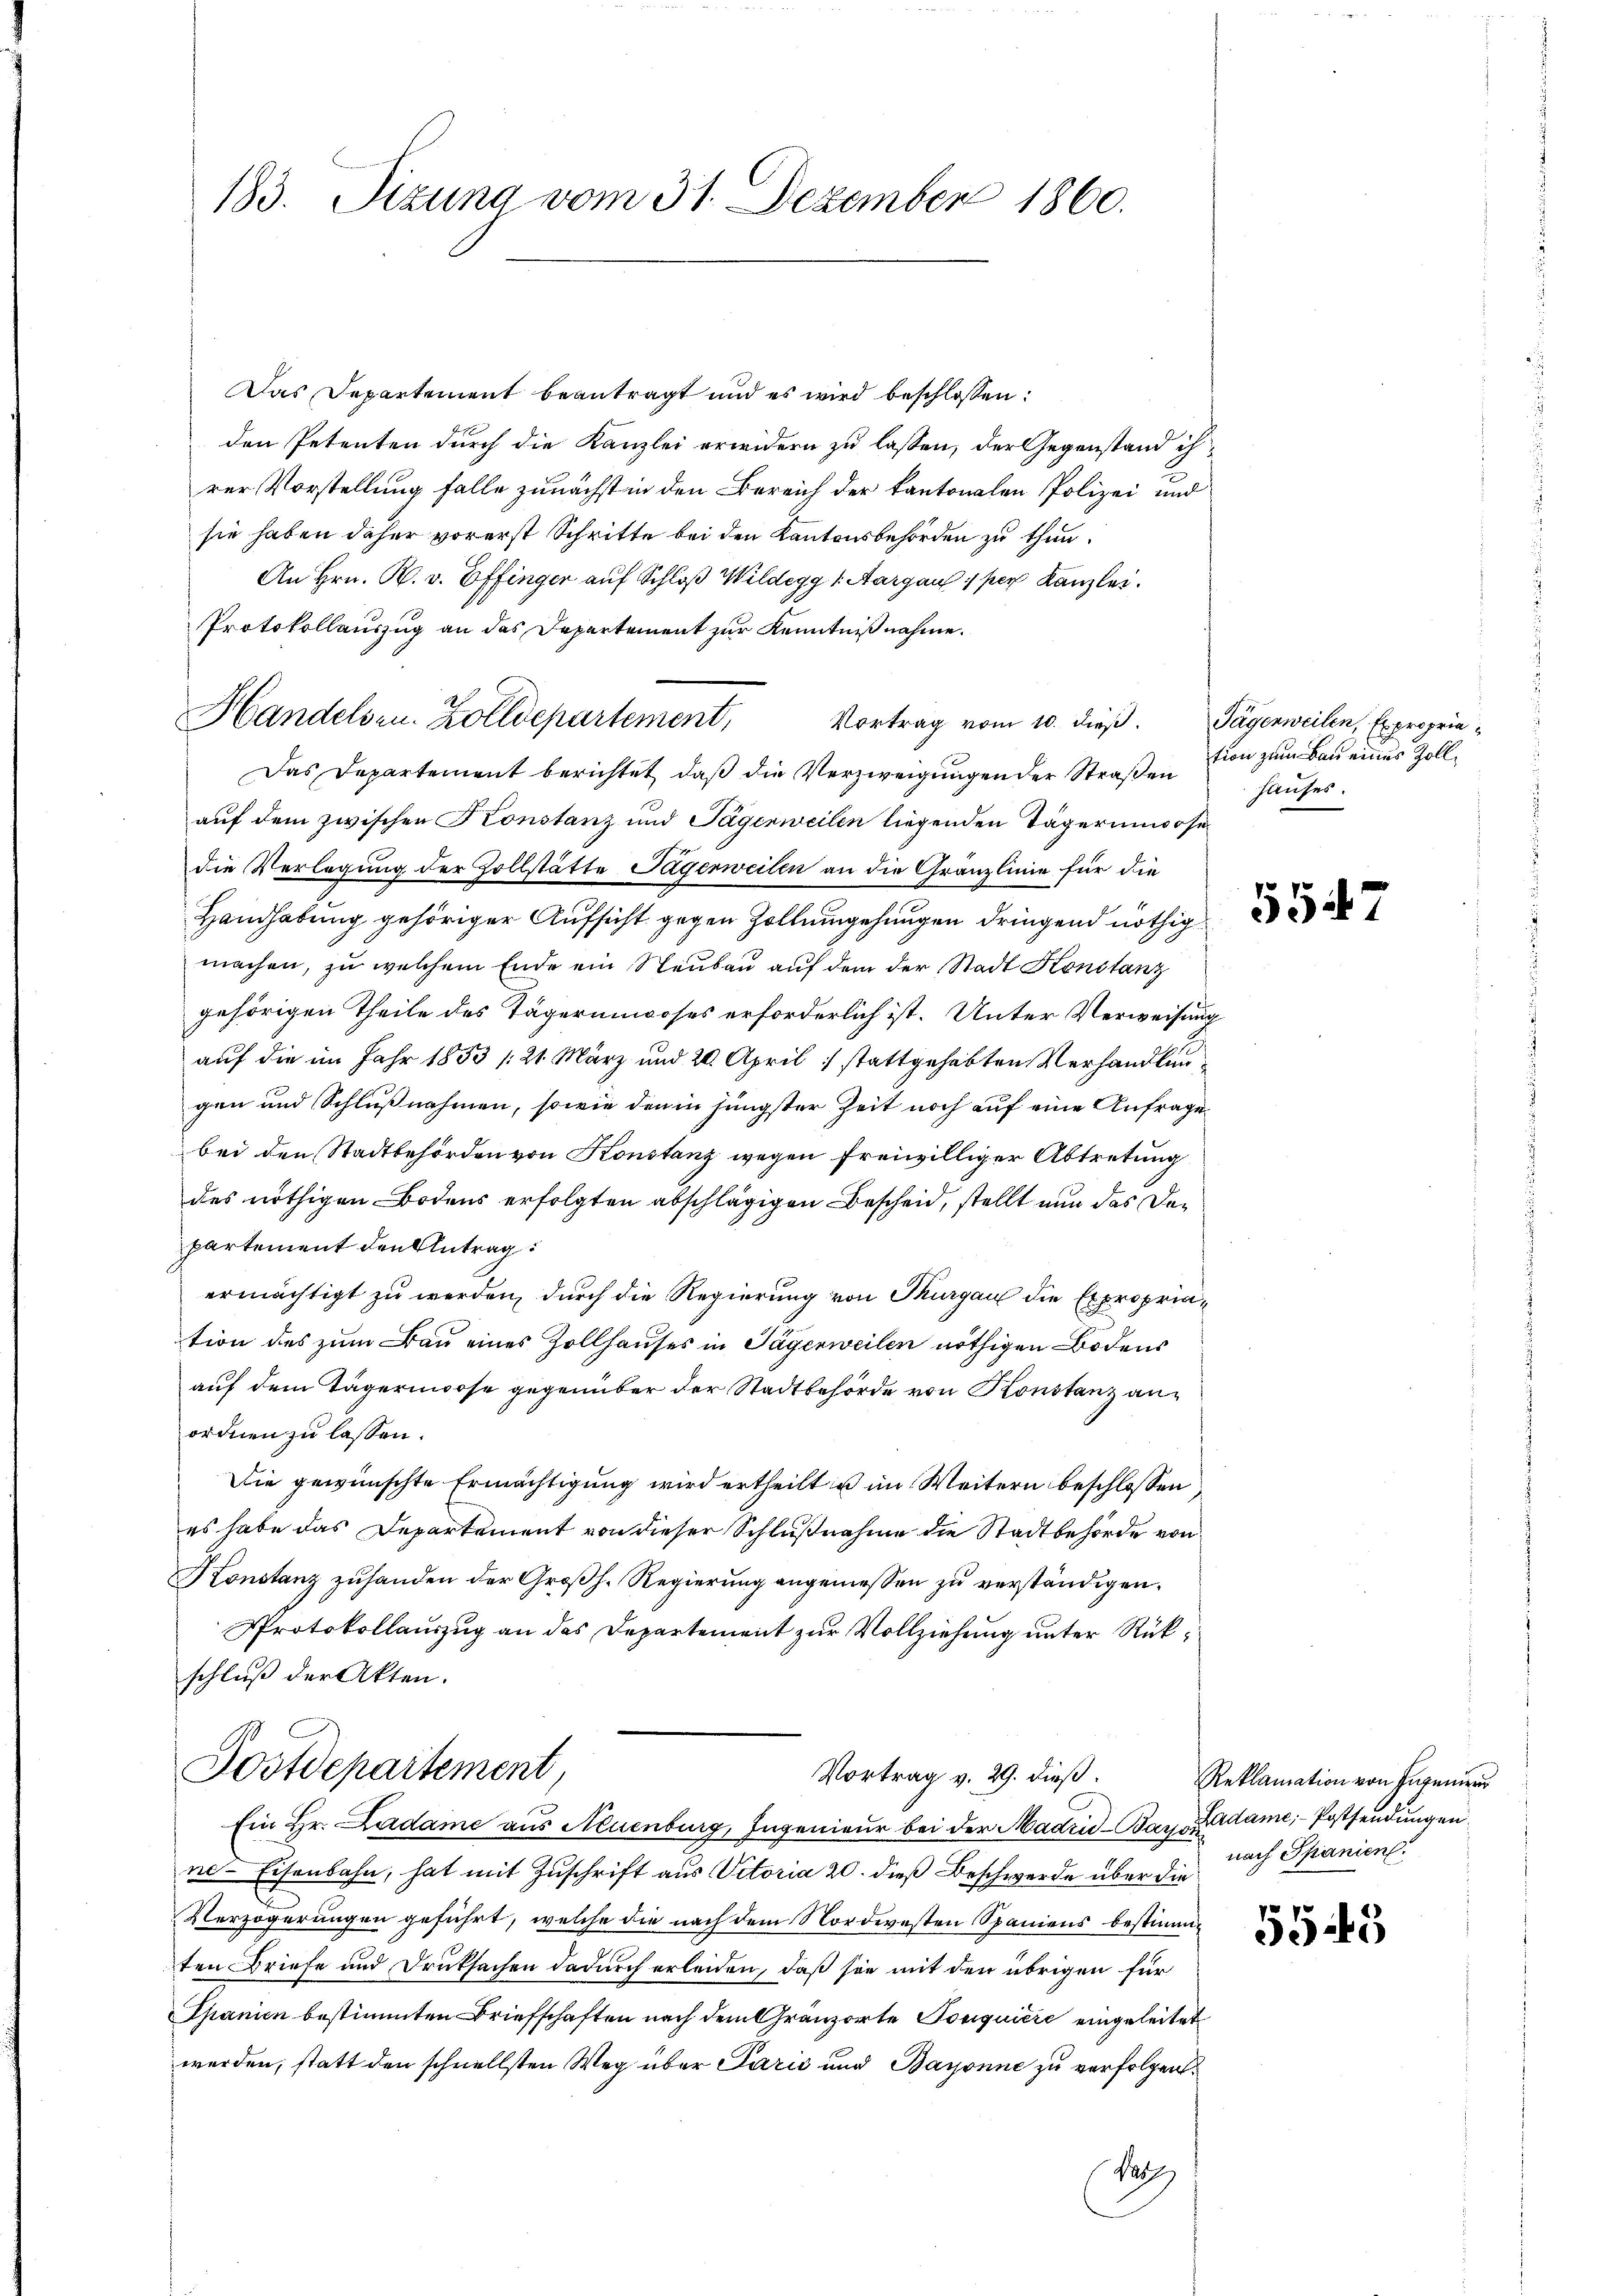
183. Sizung vom 31. Dezember 1860.

Das Departement beantragt und es wird beschlossen:
den Petenten durch die Kanzlei erwidern zu lassen, der Gegenstand ihrer Vorstellung falle zunächst in den Bereich der kantonalen Polizei und
sie haben daher vorerst Schritte bei den Kantonsbehörden zu thun.
An Hrn. R. v. Effinger auf Schloß Wildegg 1. Aargau 1 per Kanzlei.
Protokollauszug an das Departement zur Kenntniß nahme.
Handelsen. Zolldepartement, Vortrag vom 10. dieß. Tägerweilen, Expropria¬
Das Departement berichtet, daß die Verzweigungen der Straßen
auf dem zwischen Konstanz und Tagenweilen liegenden Tägerinosedie Verlegung der Zollstätte Jägerweilen an die Gränzlinie für die
Handhabung gehöriger Aufsicht gegen Zollumgehungen dringend nöthig
machen, zu welchem Ende ein Staubau auf dem der Stadt Konstanz
gehörigen Theile des Tägerinoses erforderlich ist. Unter Verweisung
auf die im Jahr 1853 /:21. März und 20. April 1 stattgehabten Verhandlungen und Schlußnahmen, sowie den in jüngster Zeit noch auf eine Anfrage
bei den Stadtbehörden von Konstanz wegen freiwilliger Abtretung
des nöthigen Bodens erfolgten abschlägigen Bescheid, stellt nun das Departement den Antrag:
ermächtigt zu werden, durch die Regierung von Thurgau die Expropriation des zum Bau eines Zollhauses in Tägerweilen nöthigen Bodens
auf dem Tägerinose gegenüber der Stadtbehörde von Konstanz anordnen zu lassen.
Die gewünschte Ermächtigung wird ertheilt u im Weitern beschlossen
es habe das Departement von dieser Schlußnahme die Stadtbehörde von
Konstanz zuhanden der Großh. Regierung angemessen zu verständigen.
Protokollauszug an das Departement zur Vollziehung unter Rükschluß der Akten.
Tostdepartement
Vortrag v. 29. dieß.
Ein Hr. Ladame aus Neuenburg, Ingenieur bei der Madrid-Bay adame, Postsendungen.
ne-Eisenbahn, hat mit Zuschrift aus Vitoria 20. dieß Beschwerde über die
Verzögerungen geführt, welche die nach dem Nordwesten Spaniens bestimmten Briefe und Drucksachen dadurch erleiden, daß sie mit den übrigen für
Spanien bestimmten Briefschaften nach dem Gränzerte Tonquière eingeleitet
werden, statt den schnellsten Weg über Parić und Bayonne zu verfolgen.
Na

tion zum Bau eines Zollhauses.

5547

Reklamation von Ingenieur
nach Spanien.

5545